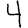
Digit: 4